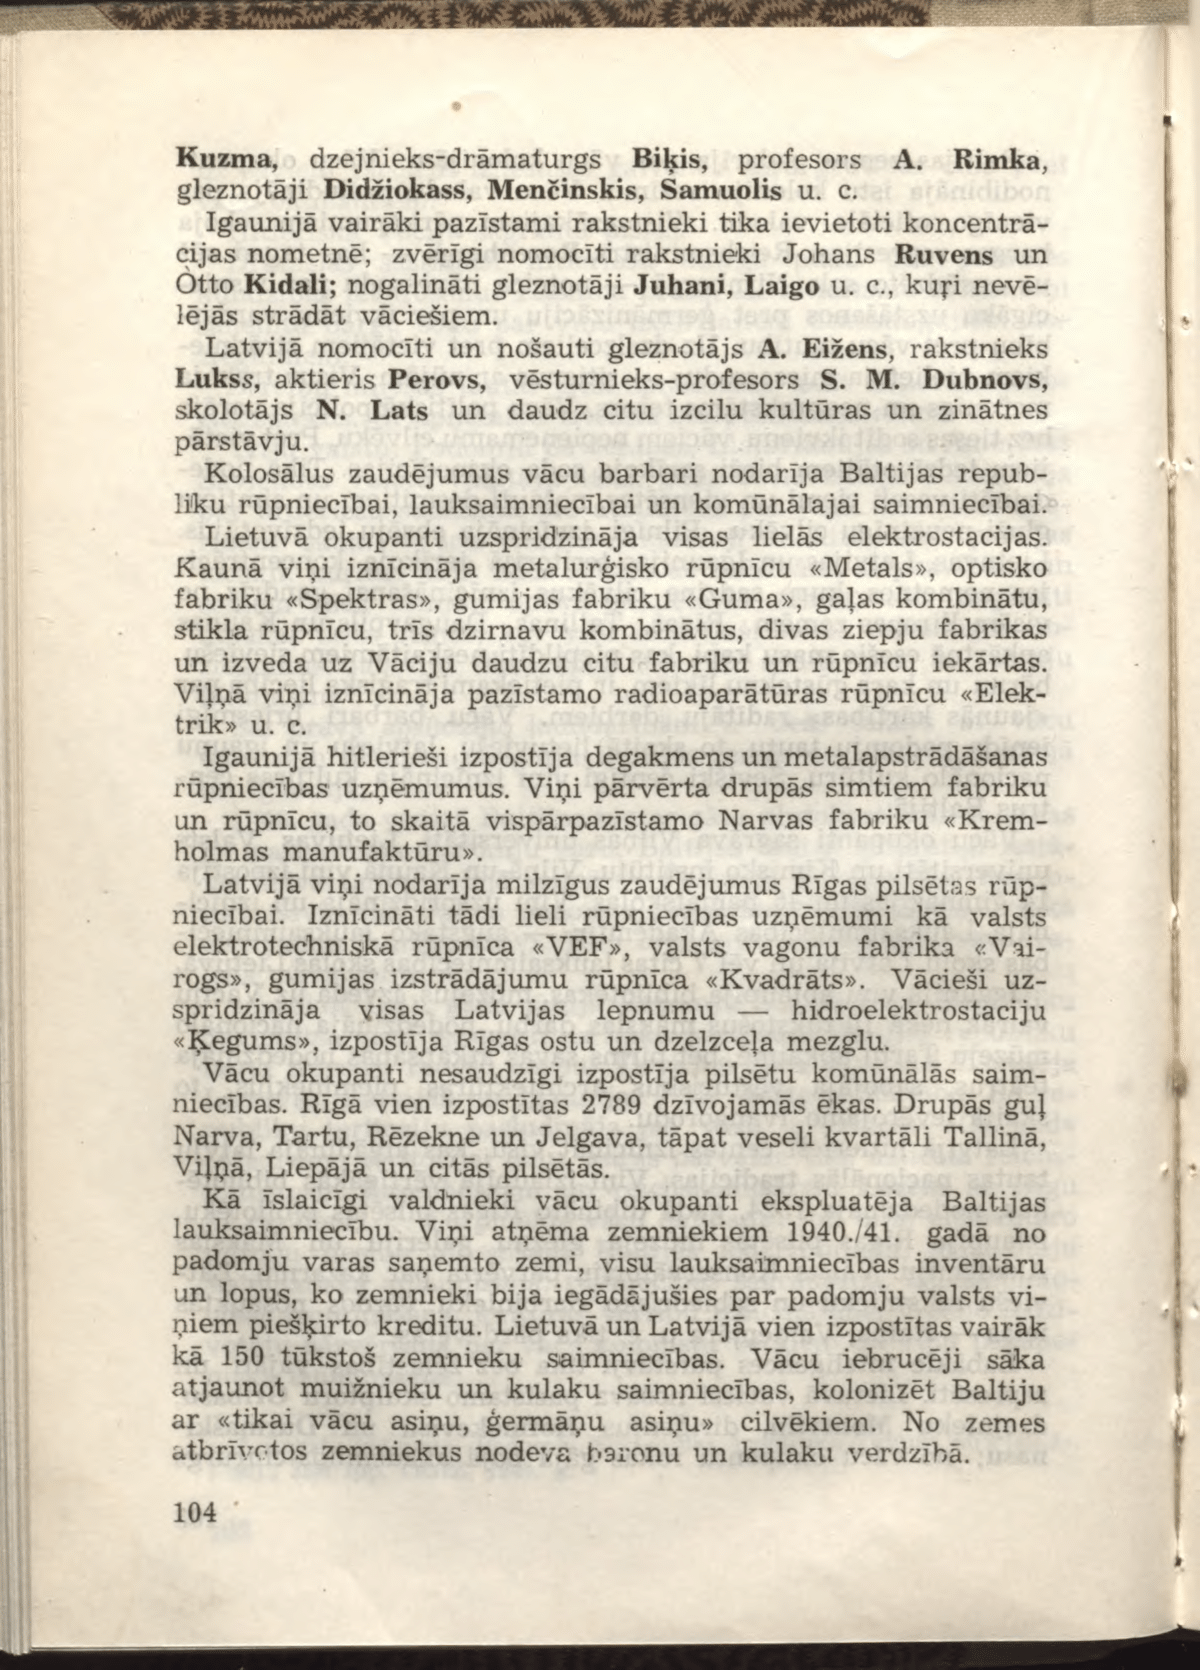
Language: lv